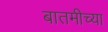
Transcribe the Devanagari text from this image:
बातमीच्या